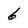
Character: 6